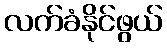
လက်ခံနိုင်ဖွယ်